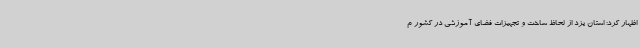
اظهار کرد: استان یزد از لحاظ ساخت و تجهیزات فضای آموزشی در کشور م